Senior Leaving Certificate Examination (including Day School Certificate (Higher) General paper), 1948
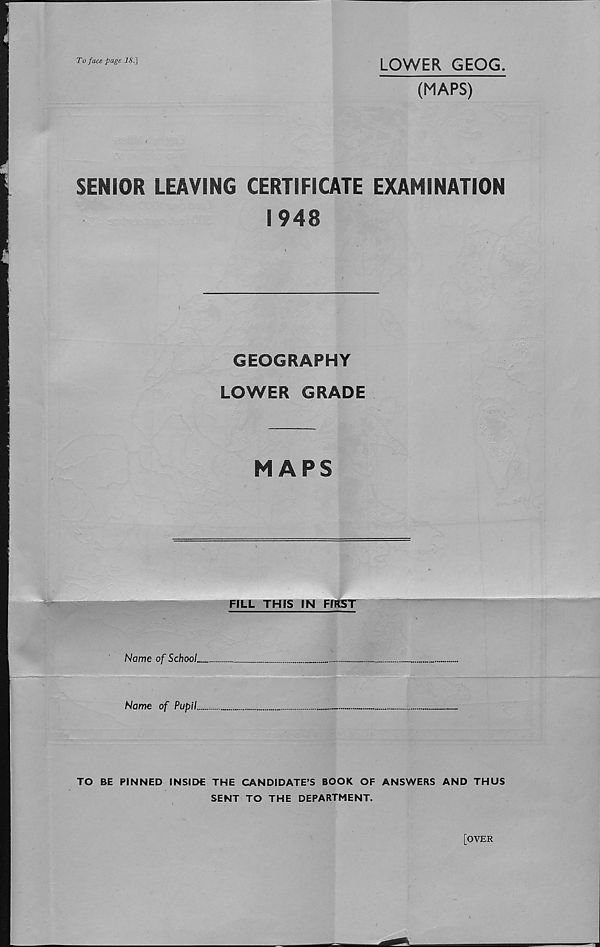
To face page iS.]
LOWER GEOG
(MAPS)
SENIOR LEAVING CERTIFICATE EXAMINATION
1948
GEOGRAPHY
LOWER GRADE
HAPS
FILL THIS IN FIRST
Nome of School
Name of Pupil.
•
" - V:
1 iimiji 1 1, i
TO BE PINNED INSIDE THE CANDIDATE’S BOOK OF ANSWERS AND THUS
SENT TO THE DEPARTMENT.
[OVER